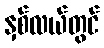
နှစ်လယ်တွင်